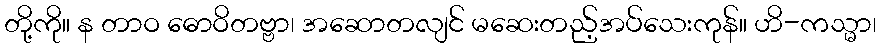
တို့ကို။ န တာဝ ဓောဝိတဗ္ဗာ၊ အဆောတလျင် မဆေးတည့်အပ်သေးကုန်။ ဟိ-ကသ္မာ၊